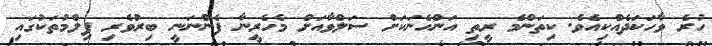
ހުރެ ވާހަކަދެއްކިއެވެ. ކިތަންމެ ރީތި އަންހެނަކަށް ސަލްވާއަށް މެހެރީނާ ފެންނަނީ ބިރުވެރި ފިލްމުތަކުގައި